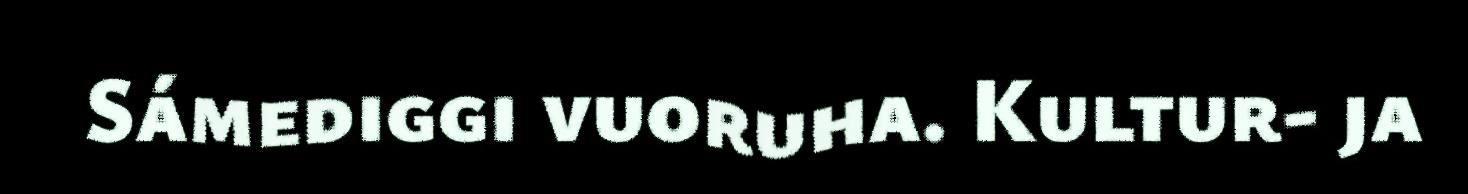
Sámediggi vuoruha. Kultur- ja